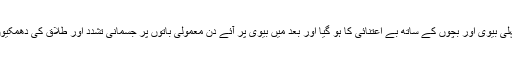
لیکن میاں کا سلوک پہلی بیوی اور بچوں کے ساتھ بے اعتنائی کا ہو گیا اور بعد میں بیوی پر آئے دن معمولی باتوں پر جسمانی تشدد اور طلاق کی دھمکیوں تک بات پہنچ گئی ۔